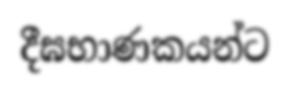
දීඝභාණකයන්ට